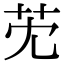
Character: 䒞